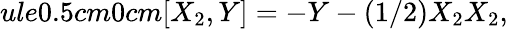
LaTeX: ule{0.5cm}{0cm}[X_{2},Y]=-Y-(1/2)X_{2}X_{2},